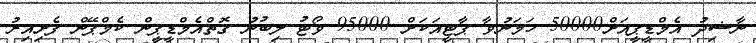
ނާޝިދު އެމްޑީޕީއަށް50000 ހަމަނުވާ ޕާޓީއަކަށް 95000 ވޯޓު ލިބުނު ގޮތްއެމްޑީޕީން ކެމްޕޭން ފެށިއިރު